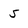
Character: 5